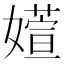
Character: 𫱽